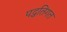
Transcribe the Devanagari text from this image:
पद्धतिगत